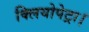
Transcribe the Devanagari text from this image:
क्लियोपेट्रा।